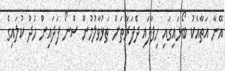
އޭނާ އަތާއެކު ބޯޅައިގައި ހިފާފައި ދެފަރާތަށް ތަޅުވާލުމުން ސްނޯ ފަދައިން ހުދު ކުލައިގެ